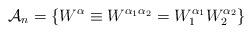
LaTeX: \begin{align*}{\bf \cal A}_n = \left \{ W^\alpha \equiv W^{\alpha_1 \alpha_2} =W_1^{\alpha_1} W_2^{\alpha_2} \right \}\end{align*}